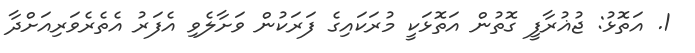
1. އަތޮޅު: ޖުޣުރާފީ ގޮތުން އަތޮޅަކީ މުރަކައިގެ ފަރަކުން ވަށާލެވި އެފަރު އެތެރެވަރިއަށްދާ